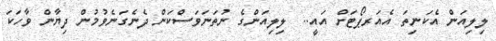
ލިލިއަން އެކަނިތަ އެއަރޕޯޓަށް އައީ..  ލިލިއަންގެ ނުތަނަވަސްކަން ދެނެގަނެވުމުން ދިޔާން ވާހަކަ